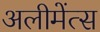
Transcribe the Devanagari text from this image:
अलीमेंत्स